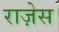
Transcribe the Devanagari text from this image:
राज़ेस